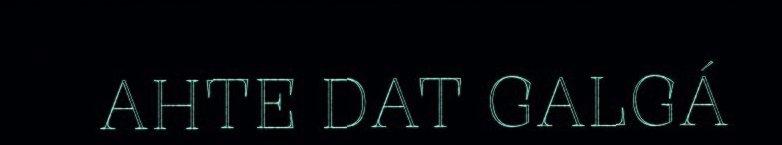
AHTE DAT GALGÁ